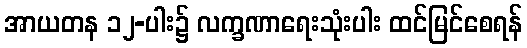
အာယတန ၁၂-ပါး၌ လက္ခဏာရေးသုံးပါး ထင်မြင်စေရန်